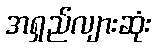
အရှည်လျားဆုံး